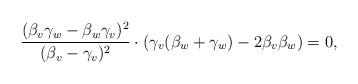
LaTeX: \begin{align*}\frac{(\beta_v\gamma_w - \beta_w\gamma_v)^2}{(\beta_v-\gamma_v)^2} \cdot (\gamma_v(\beta_w+\gamma_w)-2\beta_v\beta_w) = 0,\end{align*}